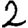
Digit: 2